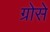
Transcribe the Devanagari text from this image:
ग्रोसे